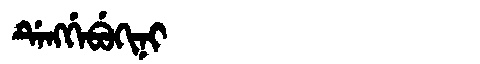
Manchu: ᡩᡝᠩᡤᡝᠪᡠᡴᡳᠨᡳ
Romanization: DENGGEBUKINI